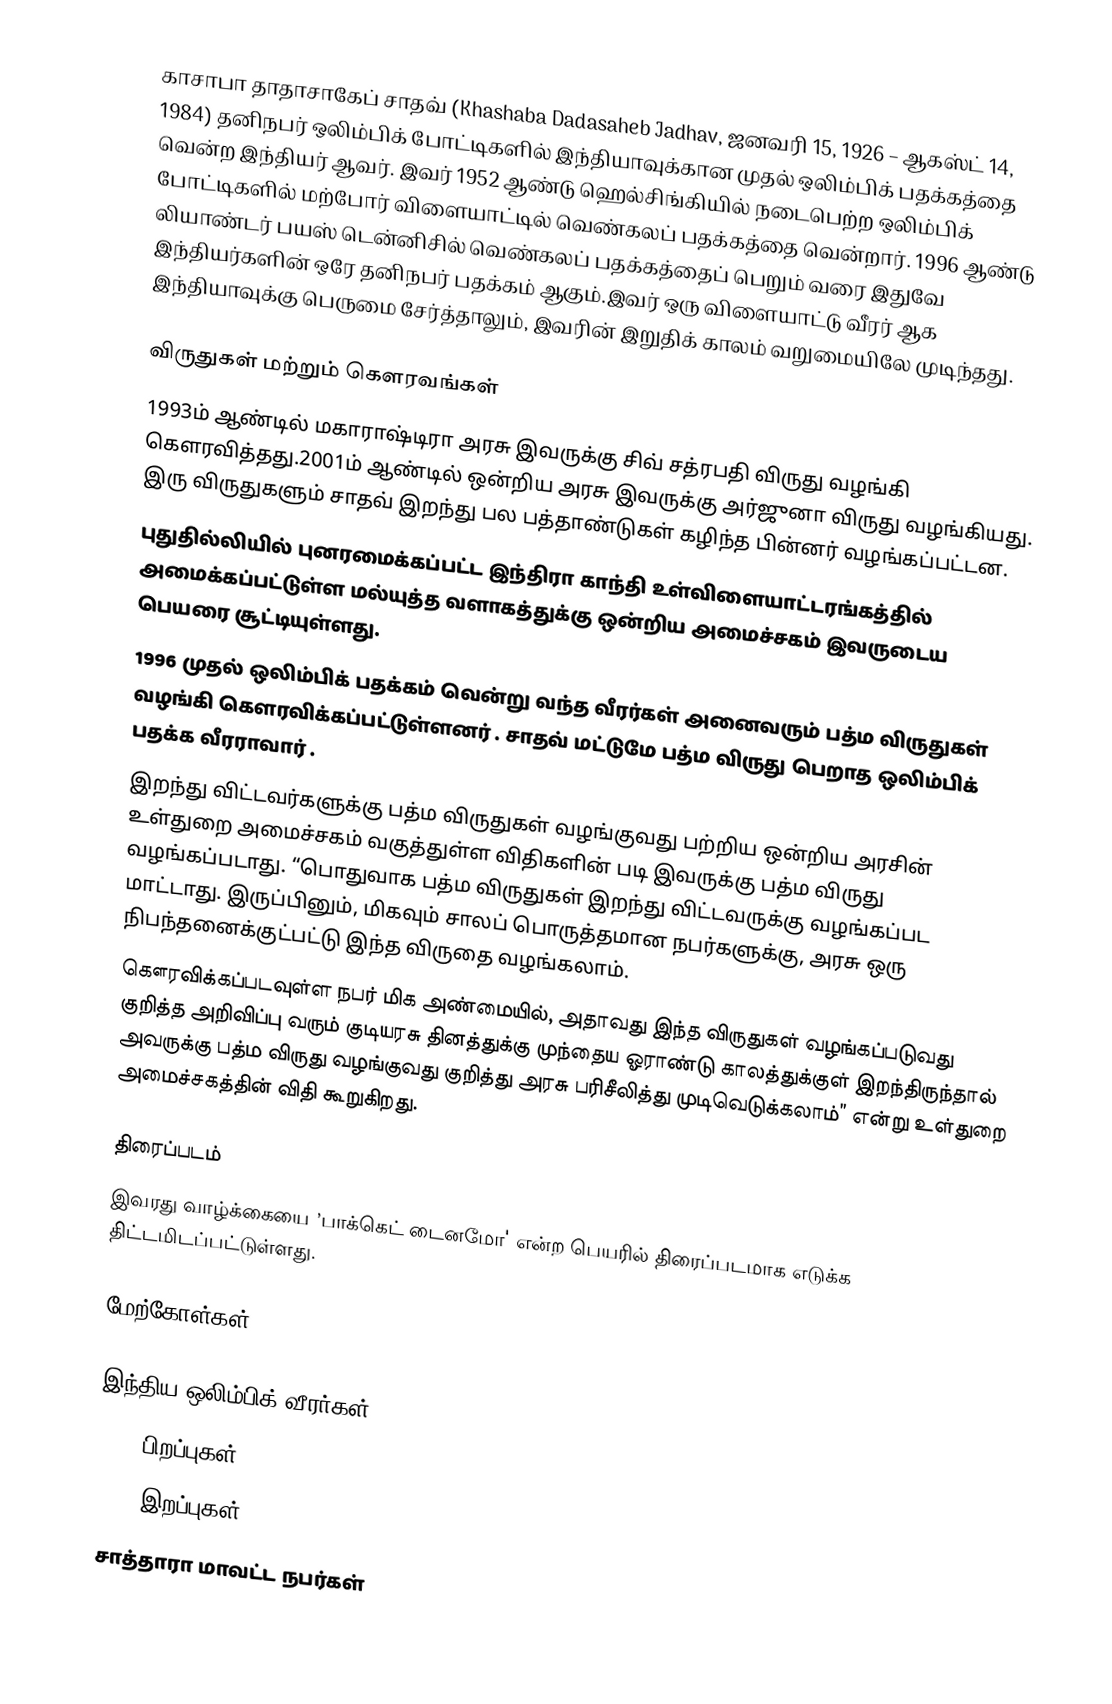
காசாபா தாதாசாகேப் சாதவ் (Khashaba Dadasaheb Jadhav, ஜனவரி 15, 1926 – ஆகஸ்ட் 14, 1984) தனிநபர் ஒலிம்பிக் போட்டிகளில் இந்தியாவுக்கான முதல் ஒலிம்பிக் பதக்கத்தை வென்ற இந்தியர் ஆவர். இவர் 1952 ஆண்டு ஹெல்சிங்கியில் நடைபெற்ற ஒலிம்பிக் போட்டிகளில் மற்போர் விளையாட்டில் வெண்கலப் பதக்கத்தை வென்றார்.  1996 ஆண்டு லியாண்டர் பயஸ் டென்னிசில் வெண்கலப் பதக்கத்தைப் பெறும் வரை இதுவே இந்தியர்களின் ஒரே தனிநபர் பதக்கம் ஆகும்.இவர் ஒரு விளையாட்டு வீரர் ஆக இந்தியாவுக்கு பெருமை சேர்த்தாலும், இவரின் இறுதிக் காலம் வறுமையிலே முடிந்தது.

விருதுகள் மற்றும் கௌரவங்கள்
 1993ம் ஆண்டில் மகாராஷ்டிரா அரசு இவருக்கு சிவ் சத்ரபதி விருது வழங்கி கௌரவித்தது.2001ம் ஆண்டில் ஒன்றிய அரசு இவருக்கு அர்ஜுனா விருது வழங்கியது. இரு விருதுகளும் சாதவ் இறந்து பல பத்தாண்டுகள் கழிந்த பின்னர் வழங்கப்பட்டன.
 புதுதில்லியில் புனரமைக்கப்பட்ட இந்திரா காந்தி உள்விளையாட்டரங்கத்தில் அமைக்கப்பட்டுள்ள மல்யுத்த வளாகத்துக்கு ஒன்றிய அமைச்சகம் இவருடைய பெயரை சூட்டியுள்ளது.
 1996 முதல் ஒலிம்பிக் பதக்கம் வென்று வந்த வீரர்கள் அனைவரும் பத்ம விருதுகள் வழங்கி கௌரவிக்கப்பட்டுள்ளனர் . சாதவ் மட்டுமே பத்ம விருது பெறாத ஒலிம்பிக் பதக்க வீரராவார் .
 இறந்து விட்டவர்களுக்கு பத்ம விருதுகள் வழங்குவது பற்றிய ஒன்றிய அரசின் உள்துறை அமைச்சகம் வகுத்துள்ள விதிகளின் படி இவருக்கு பத்ம விருது வழங்கப்படாது. “பொதுவாக பத்ம விருதுகள் இறந்து விட்டவருக்கு வழங்கப்பட மாட்டாது. இருப்பினும், மிகவும் சாலப் பொருத்தமான நபர்களுக்கு, அரசு ஒரு நிபந்தனைக்குட்பட்டு இந்த விருதை வழங்கலாம்.
 கௌரவிக்கப்படவுள்ள நபர் மிக அண்மையில், அதாவது இந்த விருதுகள் வழங்கப்படுவது குறித்த அறிவிப்பு வரும் குடியரசு தினத்துக்கு முந்தைய ஓராண்டு காலத்துக்குள் இறந்திருந்தால் அவருக்கு பத்ம விருது வழங்குவது குறித்து அரசு பரிசீலித்து முடிவெடுக்கலாம்” என்று உள்துறை அமைச்சகத்தின் விதி கூறுகிறது.

திரைப்படம்
இவரது வாழ்க்கையை ’பாக்கெட் டைனமோ' என்ற பெயரில் திரைப்படமாக எடுக்க திட்டமிடப்பட்டுள்ளது.

மேற்கோள்கள்

இந்திய ஒலிம்பிக் வீரர்கள்
1925 பிறப்புகள்
1984 இறப்புகள்
சாத்தாரா மாவட்ட நபர்கள்